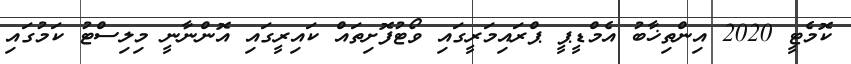
ކޮމެޓީ 2020 އިންތިޚާބު އެމްޑީޕީ ޕްރައިމަރީގައި ވޯޓުފޮށިތައް ކައިރީގައި އޮންނާނީ މިލިސްޓު ކަމުގައި